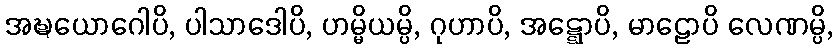
အဍ္ဎယောဂေါပိ, ပါသာဒေါပိ, ဟမ္မိယမ္ပိ, ဂုဟာပိ, အဋ္ဋောပိ, မာဠောပိ လေဏမ္ပိ,